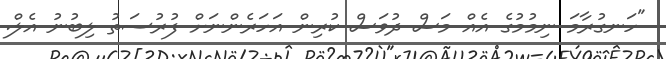
"ހަނގުރާމަ ނިމުމުގެ އެއް މަސް ދުވަސް ކުރިން އަހަރެންނަށް ފުރުސަތު ލިބުނު އެލް.